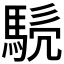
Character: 𩣤